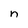
Character: n